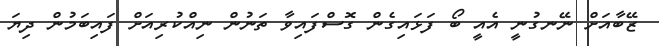
ޒޭބާއަށް ނޭނގުނީ އެއީ ބޯ ފަޅައިގެން ގޮސްފައިވާ ތަނުން ނިއްކުރިއަށް ފައިބަމުން ދިޔަ